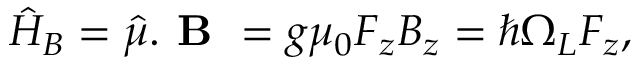
\hat { H } _ { B } = \hat { \mu } . \textbf { B } = g \mu _ { 0 } F _ { z } B _ { z } = \hbar \Omega _ { L } F _ { z } ,